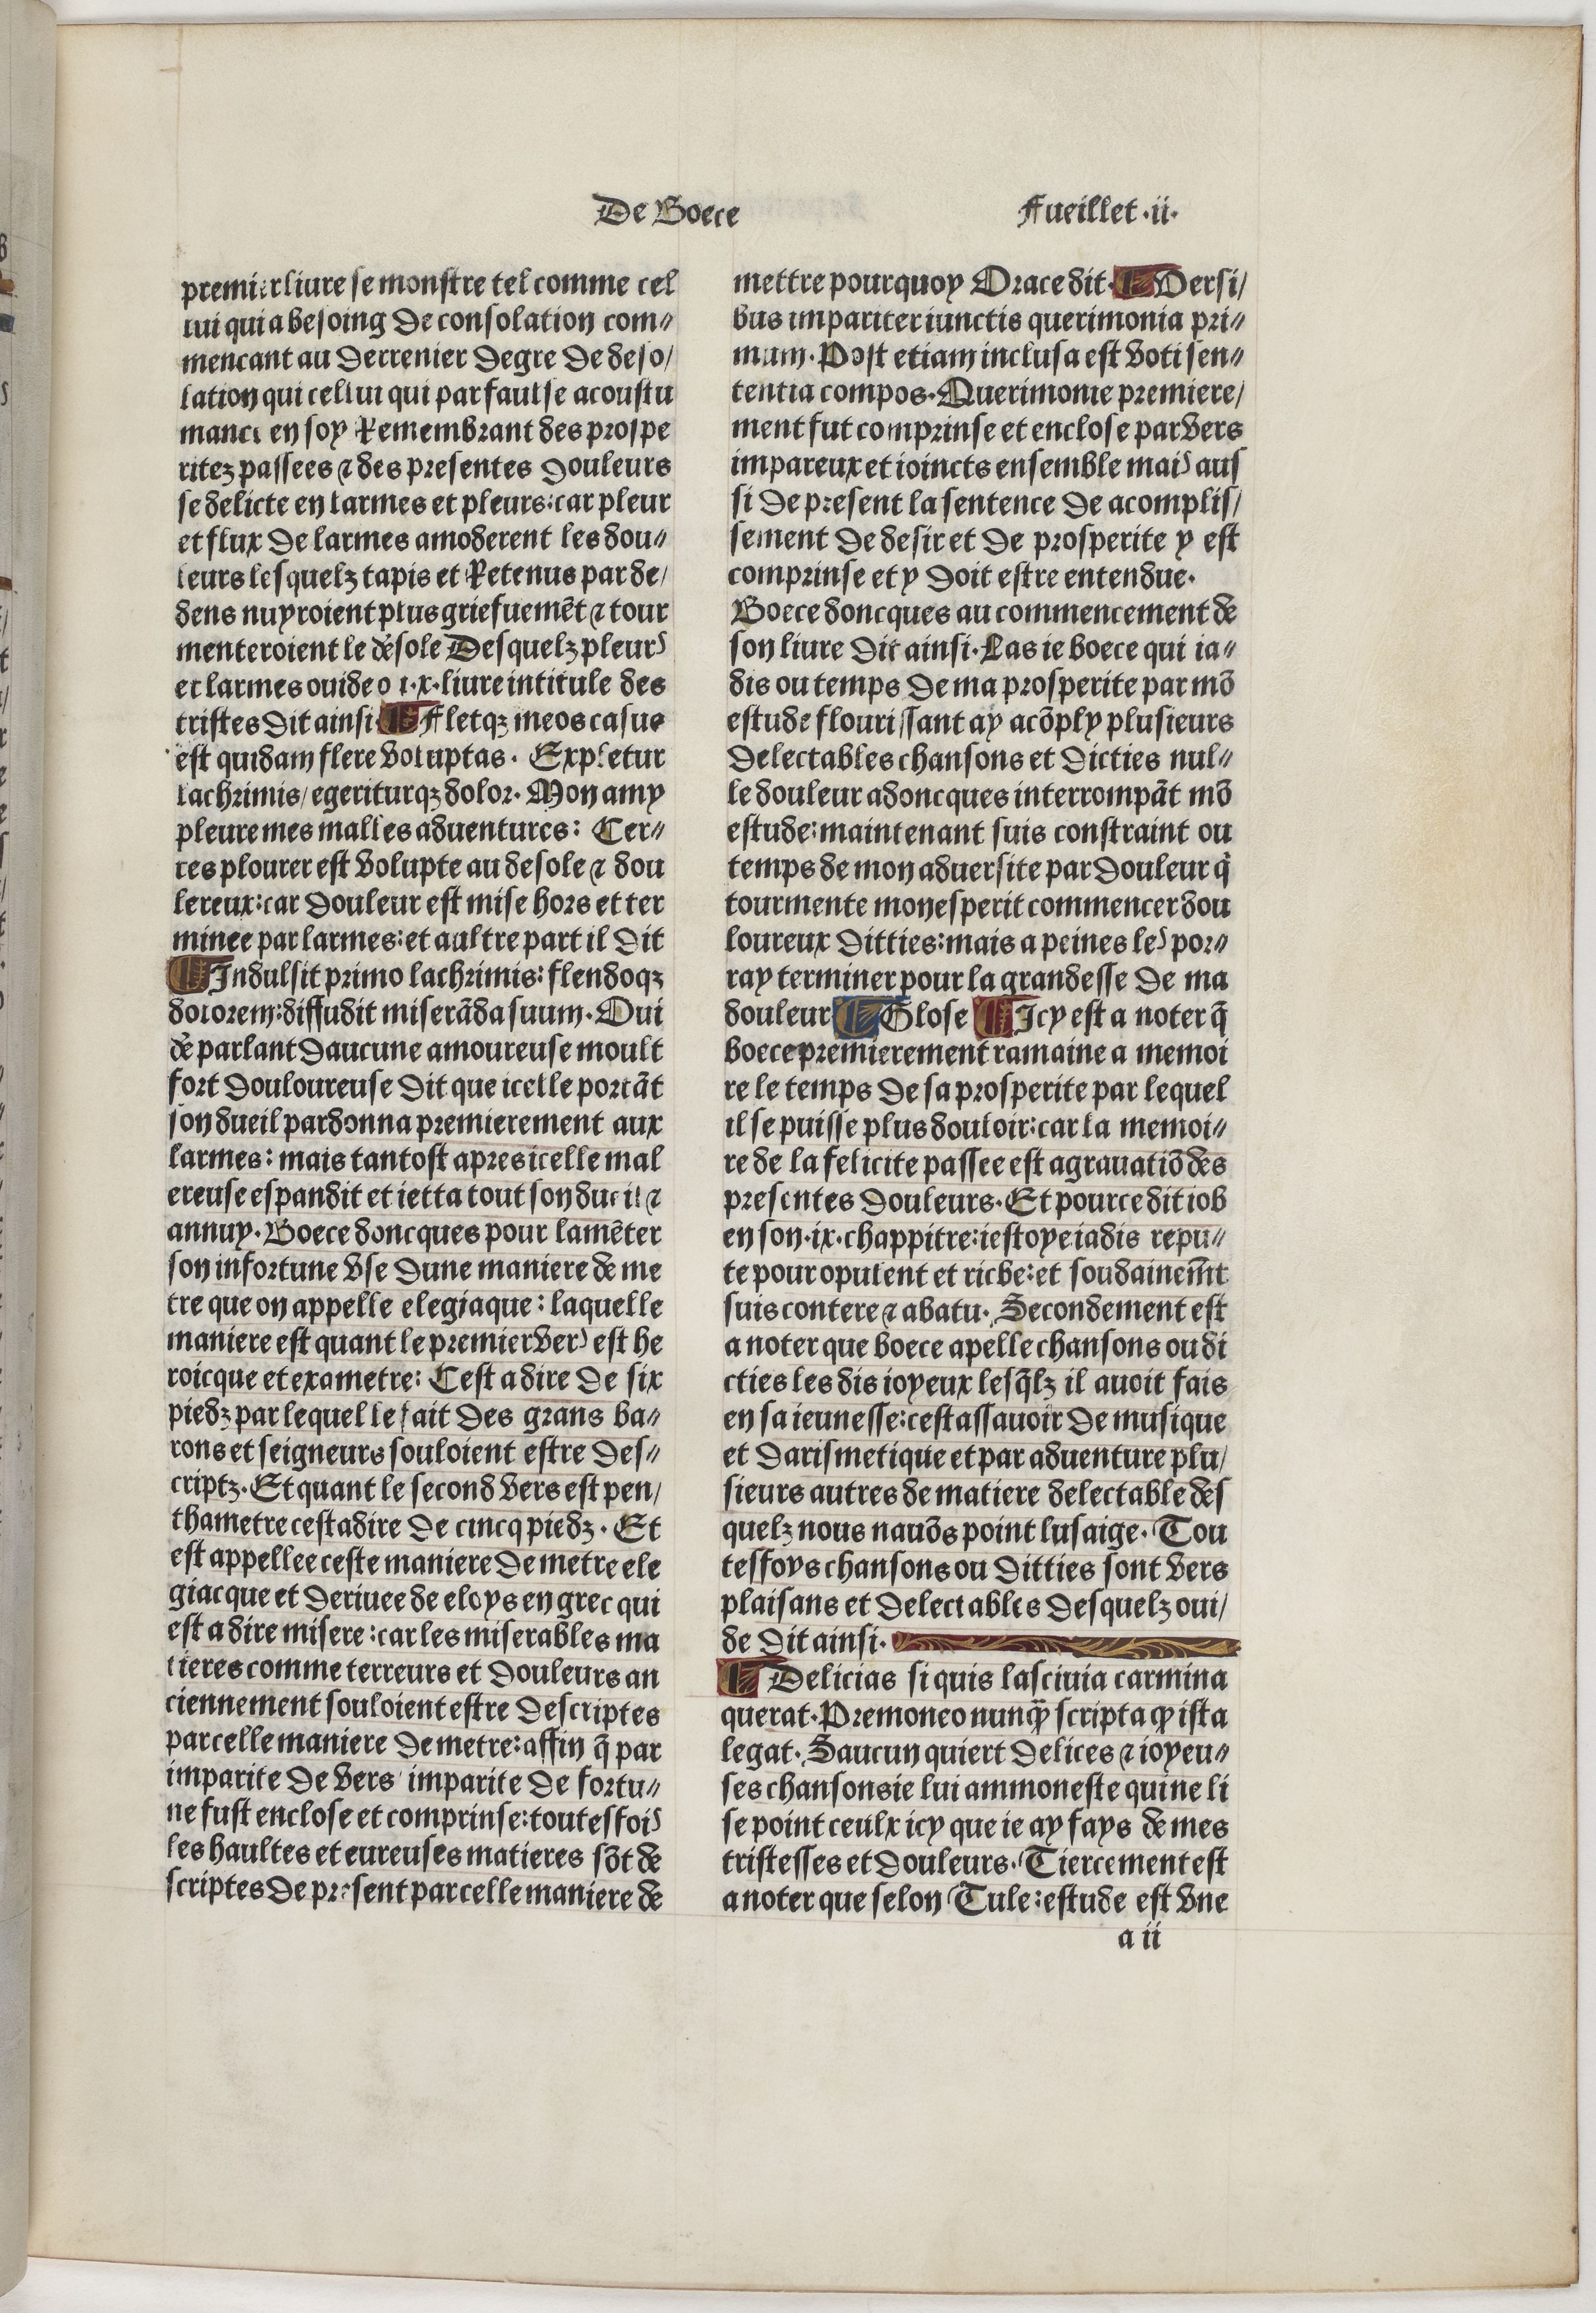
Shelfmark: Paris, BnF, Velins 488
Century: 15